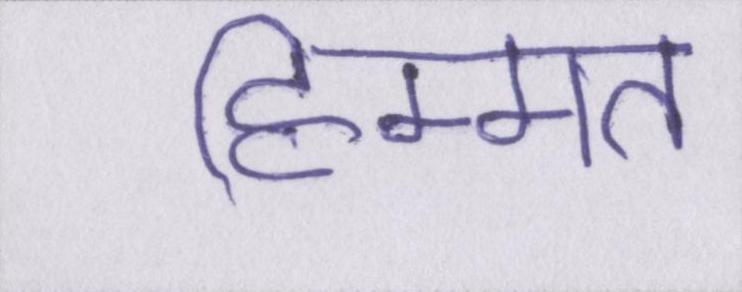
हिम्मत